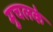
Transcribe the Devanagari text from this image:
मुचलके